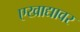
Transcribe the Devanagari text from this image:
एखाद्यावर